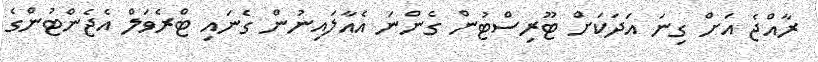
ރާއްޖެ އަށް ގިނަ އަދަކަށް ޓޫރިސްޓުން ގެންނަ އެއާލައިނުން ގެނައި ޓްރެވަލް އެޖެންޓުންގެ